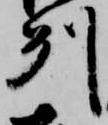
州